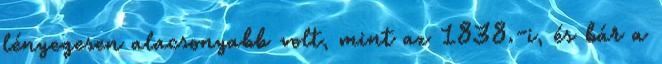
lényegesen alacsonyabb volt, mint az 1838.-i, és bár a